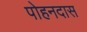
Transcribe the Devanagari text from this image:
पोहनदास